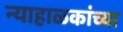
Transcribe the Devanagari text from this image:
न्याहाळकांच्या